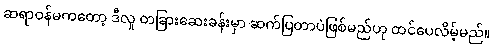
ဆရာဝန်မကတော့ ဒီလူ တခြားဆေးခန်းမှာ ဆက်ပြတာပဲဖြစ်မည်ဟု ထင်ပေလိမ့်မည်။